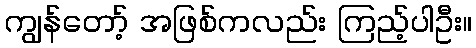
ကျွန်တော့် အဖြစ်ကလည်း ကြည့်ပါဦး။